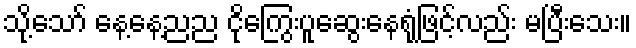
သို့သော် နေ့နေ့ညည ငိုကြွေးပူဆွေးနေရုံဖြင့်လည်း မပြီးသေး။